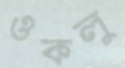
ওকলু